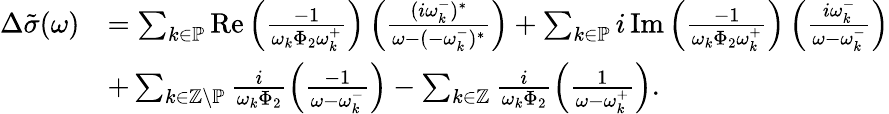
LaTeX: \begin{array}{rl}{\Delta\tilde{\sigma}(\omega)}&{=\sum_{k\in\mathbb{P}}\operatorname{Re}\left(\frac{-1}{\omega_{k}\Phi_{2}\omega_{k}^{+}}\right)\left(\frac{(i\omega_{k}^{-})^{*}}{\omega-(-\omega_{k}^{-})^{*}}\right)+\sum_{k\in\mathbb{P}}i\operatorname{Im}\left(\frac{-1}{\omega_{k}\Phi_{2}\omega_{k}^{+}}\right)\left(\frac{i\omega_{k}^{-}}{\omega-\omega_{k}^{-}}\right)}\\ &{+\sum_{k\in\mathbb{Z}\backslash\mathbb{P}}\frac{i}{\omega_{k}\Phi_{2}}\left(\frac{-1}{\omega-\omega_{k}^{-}}\right)-\sum_{k\in\mathbb{Z}}\frac{i}{\omega_{k}\Phi_{2}}\left(\frac{1}{\omega-\omega_{k}^{+}}\right).}\end{array}